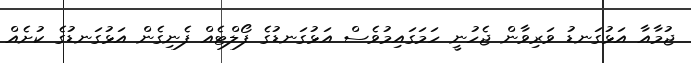
ޖުމާއާ އަޅުގަނޑު ވަރިވާން ޖެހުނީ ހަމަގައިމުވެސް އަޅުގަނޑުގެ ފޯލްޓެއް ފެނިގެން އަޅުގަނޑުގެ ކުށެއް